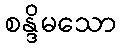
စန္ဒိမသော